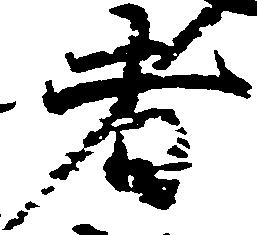
者